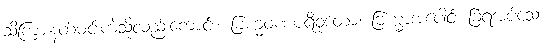
သိကြားနတ်မင်းကဲ့သို့လည်းကောင်း။ ဗြဟ္မဝဏပရိဝုတော၊ ဗြဟ္မာအပေါင်း ခြံရံအပ်သော။